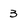
Character: 3